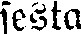
sesta.